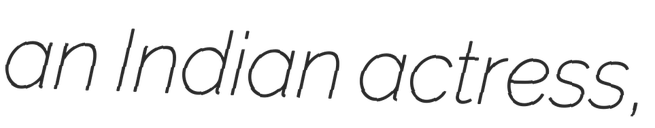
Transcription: an Indian actress,